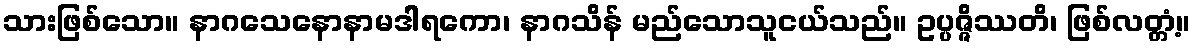
သားဖြစ်သော။ နာဂသေနောနာမဒါရကော၊ နာဂသိန် မည်သောသူငယ်သည်။ ဥပ္ပဇ္ဇိဿတိ၊ ဖြစ်လတ္တံ့။